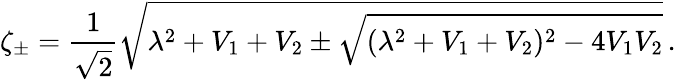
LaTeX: \zeta_{\pm}=\frac{1}{\sqrt{2}}\sqrt{\lambda^{2}+V_{1}+V_{2}\pm\sqrt{(\lambda^{2}+V_{1}+V_{2})^{2}-4V_{1}V_{2}}}\, .